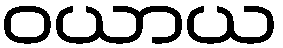
ဝယာယ